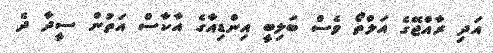
އަދި ރާއްޖޭގެ އަލްތޯ ވެސް ބަލިބީ އިންޑިއާގެ އާކާސް އަތުން ސީދާ ދެ